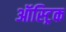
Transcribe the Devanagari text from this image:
ऑस्ट्रिक